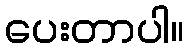
ပေးတာပါ။